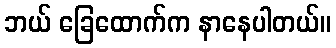
ဘယ် ခြေထောက်က နာနေပါတယ်။